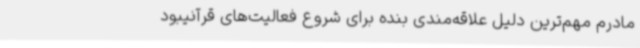
مادرم مهم‌ترین دلیل علاقه‌مندی بنده برای شروع فعالیت‌های قرآنیبود